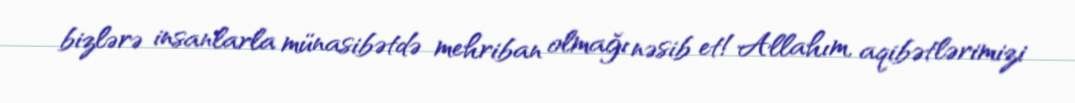
bizlərə insanlarla münasibətdə mehriban olmağı nəsib et!Allahım, aqibətlərimizi